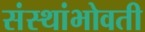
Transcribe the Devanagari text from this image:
संस्थांभोवती